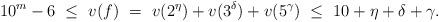
LaTeX: \begin{align*}10^m-6\ \le \ v(f) \ = \ v(2^\eta)+v(3^\delta)+v(5^\gamma) \ \le \ 10+\eta+\delta+\gamma.\end{align*}